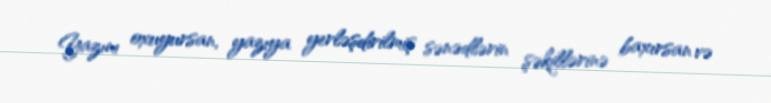
Yazını oxuyursan, yazıya yerləşdirilmiş sənədlərin şəkillərinə baxırsan və